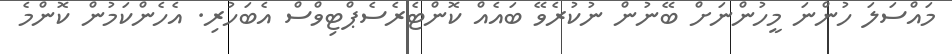
މައްސަލަ ހުންނަ މީހުންނަށް ބޭނުން ނުކުރެވޭ ބައެއް ކޮންޓެރެސެޕްޓިވްސް އެބަހުރި. އެހެންކަމުން ކޮންމެ